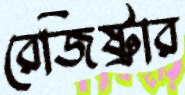
রেজিষ্ট্রার